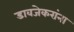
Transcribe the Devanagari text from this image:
डावजेकरांना